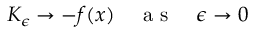
\begin{array} { r } { K _ { \epsilon } \to - f ( x ) \quad \mathrm { ~ a ~ s ~ } \quad \epsilon \to 0 } \end{array}